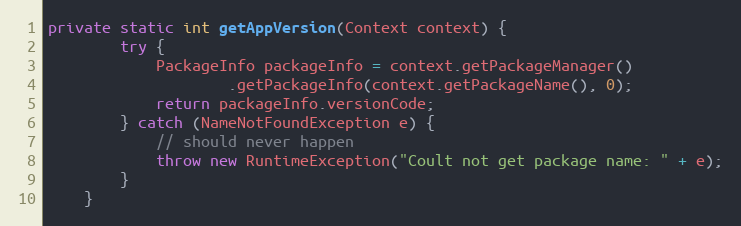
Language: Java
private static int getAppVersion(Context context) {
        try {
            PackageInfo packageInfo = context.getPackageManager()
                    .getPackageInfo(context.getPackageName(), 0);
            return packageInfo.versionCode;
        } catch (NameNotFoundException e) {
            // should never happen
            throw new RuntimeException("Coult not get package name: " + e);
        }
    }